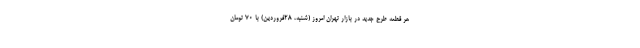
هر قطعه طرح جدید در بازار تهران امروز (شنبه، ۲۸فروردین‌) با ۷۰ تومان